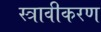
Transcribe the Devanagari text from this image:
स्त्रावीकरण